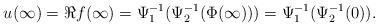
LaTeX: \begin{align*}u(\infty) = \Re f(\infty)= \Psi_1^{-1}(\Psi_2^{-1}(\Phi(\infty))) = \Psi_1^{-1}(\Psi_2^{-1}(0)).\end{align*}